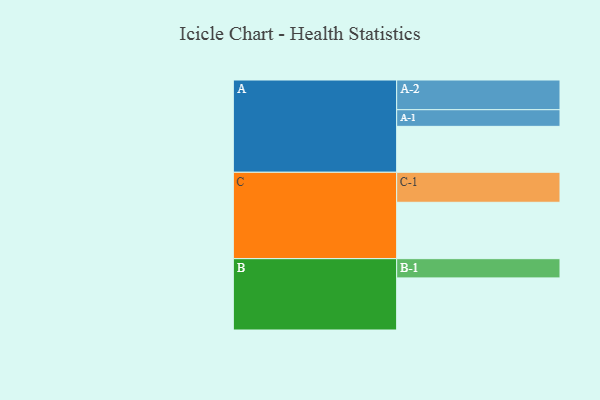
{"axis": {"x": "Segment", "y": "Value"}, "legend": ["", "A", "B", "C"], "data": [{"x": "A", "y": 320, "type": ""}, {"x": "B", "y": 363, "type": ""}, {"x": "C", "y": 393, "type": ""}, {"x": "A-1", "y": 116, "type": "A"}, {"x": "A-2", "y": 207, "type": "A"}, {"x": "B-1", "y": 134, "type": "B"}, {"x": "C-1", "y": 209, "type": "C"}]}